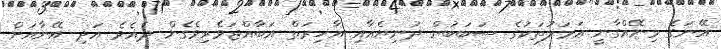
އޭނަގެ މިނޭއްގާނީ ޢަމަލުތަކުގެ ސަބަބުން ދުނިޔެއާއި އާޚިރަތް އަބާއްޖަވެރިވެގެން ދެއެވެ އަދި އޭނާއަށް